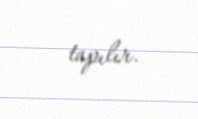
tapılır.